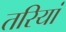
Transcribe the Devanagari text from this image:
तरियां